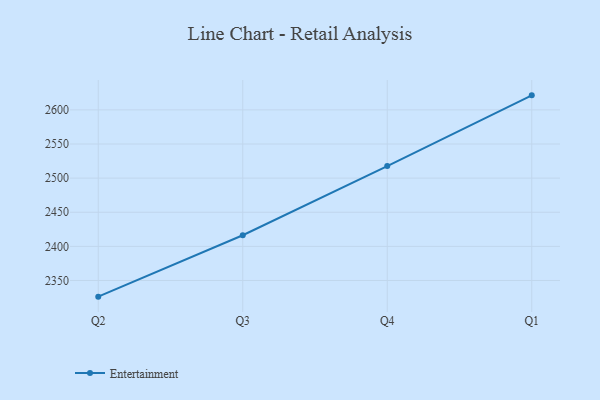
{"axis": {"x": "Quarter", "y": "Backlog"}, "legend": ["Entertainment"], "data": [{"x": "Q2", "y": 2326.3, "type": "Entertainment"}, {"x": "Q3", "y": 2416.3, "type": "Entertainment"}, {"x": "Q4", "y": 2517.6, "type": "Entertainment"}, {"x": "Q1", "y": 2621.3, "type": "Entertainment"}]}